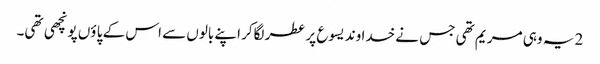
2 یہ وہی مر یم تھی جس نے خدا وند یسوع پر عطر لگاکر اپنے بالوں سے اس کے پا ؤں پونچھی تھی۔